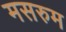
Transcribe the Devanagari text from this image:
मसरुम